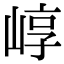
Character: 崞